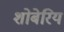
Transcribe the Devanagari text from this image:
शोबेरिय